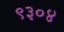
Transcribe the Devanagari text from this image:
९३०४